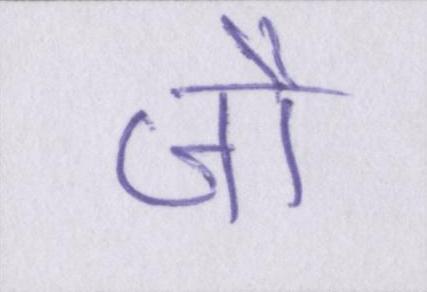
जौ